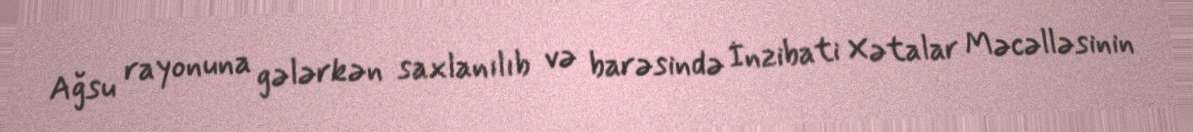
Ağsu rayonuna gələrkən saxlanılıb və barəsində İnzibati Xətalar Məcəlləsinin